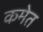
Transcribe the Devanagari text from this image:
कमेत